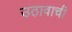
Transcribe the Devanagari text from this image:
उठावाची